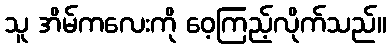
သူ အိမ်ကလေးကို ဝေ့ကြည့်လိုက်သည်။